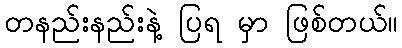
တနည်းနည်းနဲ့ ပြရ မှာ ဖြစ်တယ်။